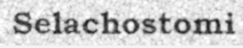
Selachostomi